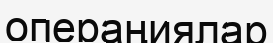
операңиялар